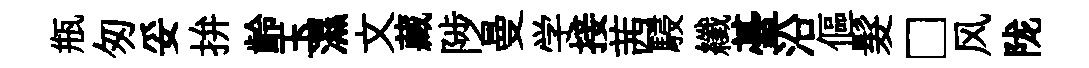
瓶匆妥拚齡玉濕文藏陟曼学接茜駸纖䑓沿傴髮□风陇